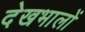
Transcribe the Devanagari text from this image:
देखभालों